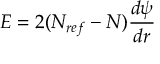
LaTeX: E = 2 ( N _ { r e f } - N ) \frac { d \psi } { d r }